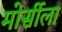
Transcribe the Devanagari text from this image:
मोर्सीला